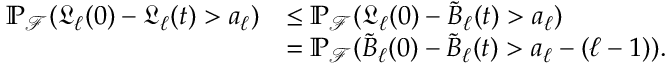
\begin{array} { r l } { \mathbb { P } _ { \mathcal { F } } ( \mathfrak { L } _ { \ell } ( 0 ) - \mathfrak { L } _ { \ell } ( t ) > a _ { \ell } ) } & { \le \mathbb { P } _ { \mathcal { F } } ( \mathfrak { L } _ { \ell } ( 0 ) - \tilde { B } _ { \ell } ( t ) > a _ { \ell } ) } \\ & { = \mathbb { P } _ { \mathcal { F } } ( \tilde { B } _ { \ell } ( 0 ) - \tilde { B } _ { \ell } ( t ) > a _ { \ell } - ( \ell - 1 ) ) . } \end{array}